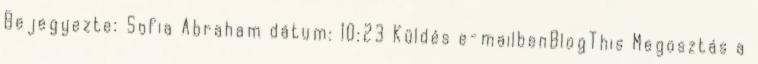
Bejegyezte: Sofia Abraham dátum: 10:23 Küldés e-mailbenBlogThis Megosztás a